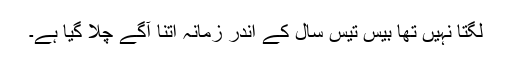
لگتا نہیں تھا بیس تیس سال کے اندر زمانہ اتنا آگے چلا گیا ہے۔